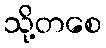
သို့တစေ